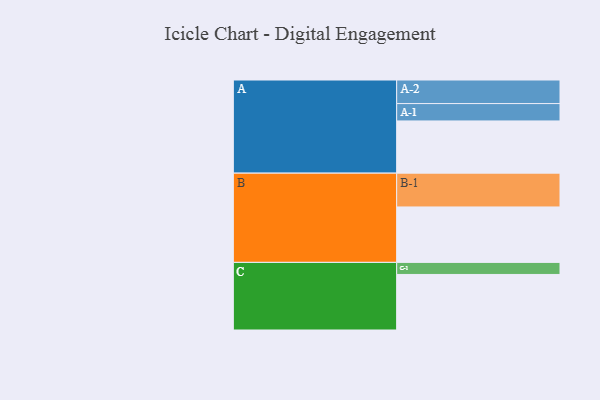
{"axis": {"x": "Segment", "y": "Value"}, "legend": ["", "A", "B", "C"], "data": [{"x": "A", "y": 454, "type": ""}, {"x": "B", "y": 482, "type": ""}, {"x": "C", "y": 483, "type": ""}, {"x": "A-1", "y": 151, "type": "A"}, {"x": "A-2", "y": 205, "type": "A"}, {"x": "B-1", "y": 294, "type": "B"}, {"x": "C-1", "y": 105, "type": "C"}]}